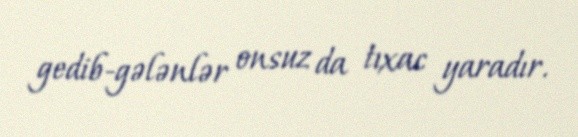
gedib-gələnlər onsuz da tıxac yaradır.